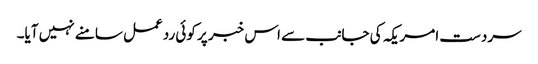
سردست امریکہ کی جانب سے اس خبر پر کوئی ردعمل سامنے نہیں آیا۔